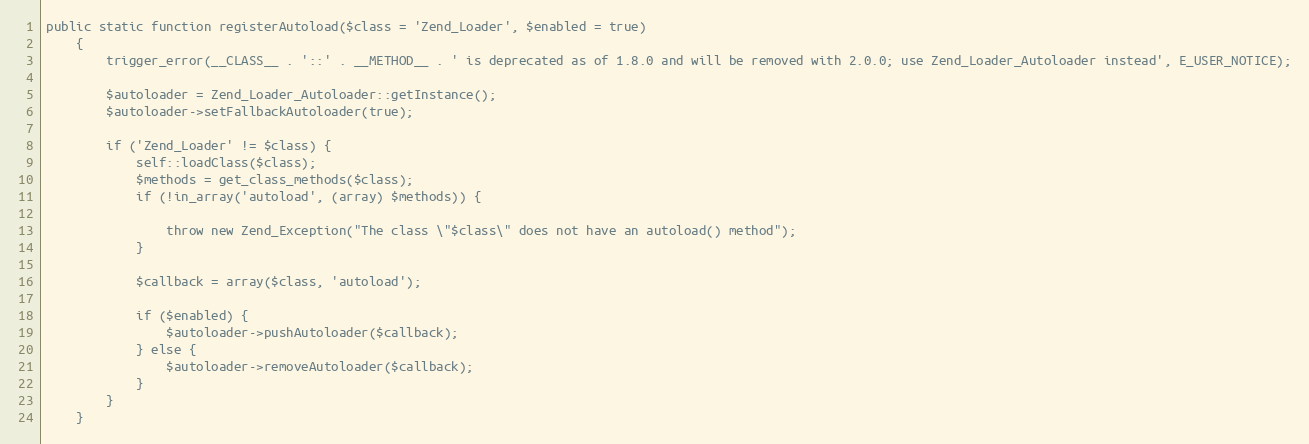
Language: PHP
public static function registerAutoload($class = 'Zend_Loader', $enabled = true)
    {
        trigger_error(__CLASS__ . '::' . __METHOD__ . ' is deprecated as of 1.8.0 and will be removed with 2.0.0; use Zend_Loader_Autoloader instead', E_USER_NOTICE);

        $autoloader = Zend_Loader_Autoloader::getInstance();
        $autoloader->setFallbackAutoloader(true);

        if ('Zend_Loader' != $class) {
            self::loadClass($class);
            $methods = get_class_methods($class);
            if (!in_array('autoload', (array) $methods)) {

                throw new Zend_Exception("The class \"$class\" does not have an autoload() method");
            }

            $callback = array($class, 'autoload');

            if ($enabled) {
                $autoloader->pushAutoloader($callback);
            } else {
                $autoloader->removeAutoloader($callback);
            }
        }
    }